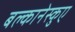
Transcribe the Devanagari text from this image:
बल्कानेस्कुए